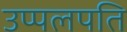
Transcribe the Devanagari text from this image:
उप्पलपति